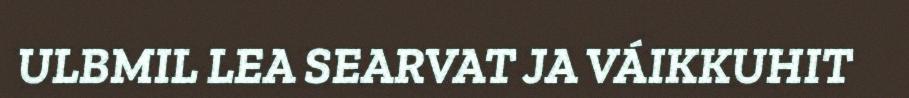
ULBMIL LEA SEARVAT JA VÁIKKUHIT